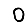
Digit: 0